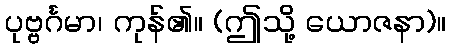
ပုဗ္ဗင်္ဂမာ၊ ကုန်၏။ (ဤသို့ ယောဇနာ)။